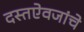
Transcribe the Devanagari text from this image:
दस्तऐवजांचे